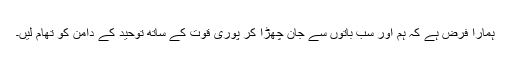
ہمارا فرض ہے کہ ہم اور سب باتوں سے جان چھڑا کر پوری قوت کے ساتھ توحید کے دامن کو تھام لیں۔